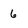
Character: 6